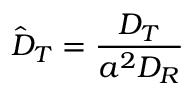
\hat { D } _ { T } = \frac { D _ { T } } { a ^ { 2 } D _ { R } }